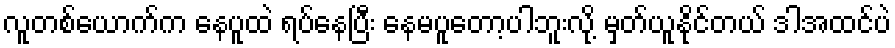
လူတစ်ယောက်က နေပူထဲ ရပ်နေပြီး နေမပူတော့ပါဘူးလို့ မှတ်ယူနိုင်တယ် ဒါအထင်ပဲ